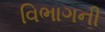
વિભાગની